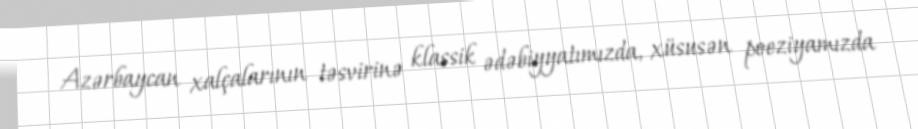
Azərbaycan xalçalarının təsvirinə klassik ədəbiyyatımızda, xüsusən poeziyamızda